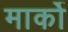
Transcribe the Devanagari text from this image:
मार्को